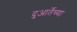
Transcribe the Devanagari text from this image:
दुआर्तेच्या